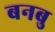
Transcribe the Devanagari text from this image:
बनबु